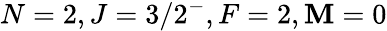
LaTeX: N=2,J=3/2^{-},F=2,\mathbf{M}=0